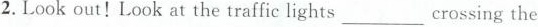
2.Look out!Look at the traffic lights___crossing the